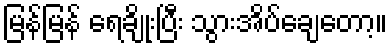
မြန်မြန် ရေချိုးပြီး သွားအိပ်ချေတော့။